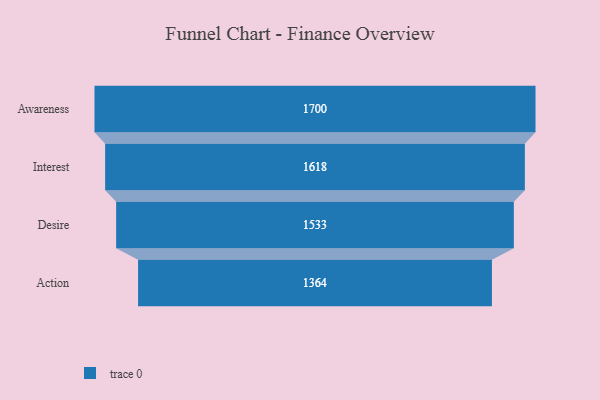
{"axis": {"x": "Stage", "y": "Value"}, "legend": [""], "data": [{"x": "Awareness", "y": 1700.0, "type": ""}, {"x": "Interest", "y": 1618.0, "type": ""}, {"x": "Desire", "y": 1533.0, "type": ""}, {"x": "Action", "y": 1364.0, "type": ""}]}